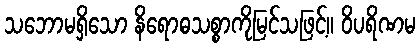
သဘောမရှိသော နိရောဓသစ္စာကိုမြင်သဖြင့်။ ဝိပရိဏမ